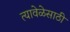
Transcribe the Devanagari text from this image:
त्यावेळेसाठी